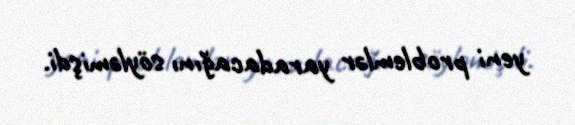
yeni problemlər yaradacağını söyləmişdi.